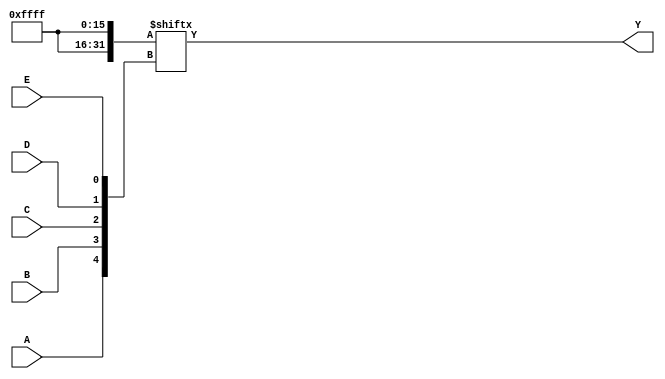
module five_variable_kmap (
    input wire A,  // Input variable A
    input wire B,  // Input variable B
    input wire C,  // Input variable C
    input wire D,  // Input variable D
    input wire E,  // Input variable E
    output wire Y  // Output Y
);

// Internal wire for the K-map logic
wire [31:0] kmap;

// Define the K-map based on the specific minterms
// Example: Assuming minterms 0, 1, 2, 3, 4, 5, 6, 7, 8, 9, 10, 11, 12, 13, 14, 15 are 1s
assign kmap[0]  = 1'b1;  // A'B'C'D'E'
assign kmap[1]  = 1'b1;  // A'B'C'DE
assign kmap[2]  = 1'b1;  // A'B'CD'E'
assign kmap[3]  = 1'b1;  // A'B'CD'E
assign kmap[4]  = 1'b1;  // A'BC'D'E'
assign kmap[5]  = 1'b1;  // A'BC'DE
assign kmap[6]  = 1'b1;  // A'BCD'E'
assign kmap[7]  = 1'b1;  // A'BCD'E
assign kmap[8]  = 1'b1;  // AB'C'D'E'
assign kmap[9]  = 1'b1;  // AB'C'DE
assign kmap[10] = 1'b1;  // AB'CD'E'
assign kmap[11] = 1'b1;  // AB'CD'E
assign kmap[12] = 1'b1;  // ABC'D'E'
assign kmap[13] = 1'b1;  // ABC'DE
assign kmap[14] = 1'b1;  // ABCD'E'
assign kmap[15] = 1'b1;  // ABCD'E
// Remaining cells can be set to 0 or 1 based on the specific K-map configuration

// The K-map output logic based on the input variables
assign Y = kmap[{A, B, C, D, E}]; // Access the K-map using the combined input as the index

endmodule